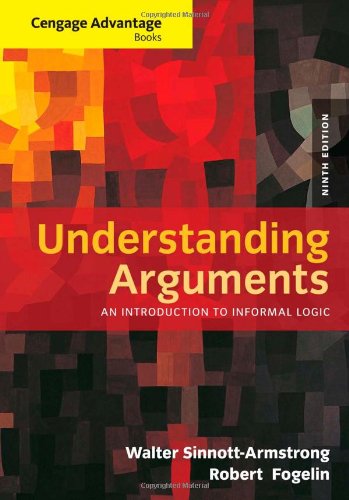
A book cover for Cengage Advantage Books: Understanding Arguments: An Introduction to Informal Logic; Walter Sinnott-Armstrong; Politics & Social Sciences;